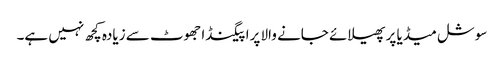
سوشل میڈیا پر پھیلائے جانے والا پراپیگنڈا جھوٹ سے زیادہ کچھ نہیں ہے۔